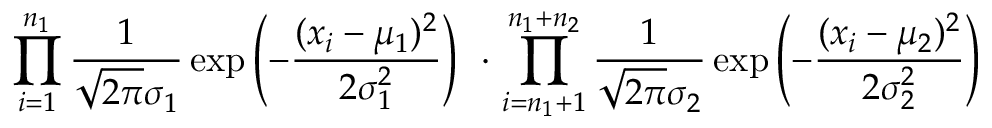
\; \; \; \; \; \; \; \; \prod _ { i = 1 } ^ { n _ { 1 } } { \frac { 1 } { { \sqrt { 2 \pi } } \sigma _ { 1 } } } \exp \left( - { \frac { ( x _ { i } - \mu _ { 1 } ) ^ { 2 } } { 2 \sigma _ { 1 } ^ { 2 } } } \right) \; \, { \boldsymbol { \cdot } } \, \prod _ { i = n _ { 1 } + 1 } ^ { n _ { 1 } + n _ { 2 } } { \frac { 1 } { { \sqrt { 2 \pi } } \sigma _ { 2 } } } \exp \left( - { \frac { ( x _ { i } - \mu _ { 2 } ) ^ { 2 } } { 2 \sigma _ { 2 } ^ { 2 } } } \right)